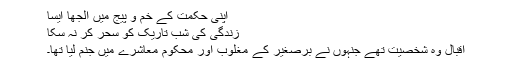
اپنی حکمت کے خم و پیج میں الجھا ایسا
زندگی کی شبِ تاریک کو سحر کر نہ سکا
اقبال وہ شخصیت تھے جنہوں نے برصغیر کے مغلوب اور محکوم معاشرے میں جنم لیا تھا۔